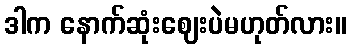
ဒါက နောက်ဆုံးဈေးပဲမဟုတ်လား။